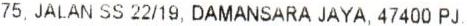
75, JALAN SS 22/19, DAMANSARA JAYA, 47400 PJ,